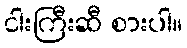
ငါးကြီးဆီ စားပါ။